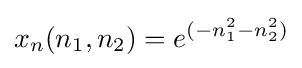
x_{n}(n_{1},n_{2})=e^{(-n_{1}^{2}-n_{2}^{2})}